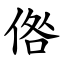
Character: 倃